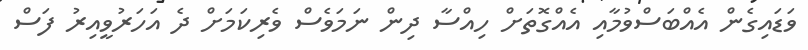
ވަޑައިގެން އެއްބަސްވުމާއި އެއްގޮތަށް ހިއްސާ ދިން ނަމަަވެސް ވެރިކަމަށް ދެ އަހަރުވީއިރު ފަސް